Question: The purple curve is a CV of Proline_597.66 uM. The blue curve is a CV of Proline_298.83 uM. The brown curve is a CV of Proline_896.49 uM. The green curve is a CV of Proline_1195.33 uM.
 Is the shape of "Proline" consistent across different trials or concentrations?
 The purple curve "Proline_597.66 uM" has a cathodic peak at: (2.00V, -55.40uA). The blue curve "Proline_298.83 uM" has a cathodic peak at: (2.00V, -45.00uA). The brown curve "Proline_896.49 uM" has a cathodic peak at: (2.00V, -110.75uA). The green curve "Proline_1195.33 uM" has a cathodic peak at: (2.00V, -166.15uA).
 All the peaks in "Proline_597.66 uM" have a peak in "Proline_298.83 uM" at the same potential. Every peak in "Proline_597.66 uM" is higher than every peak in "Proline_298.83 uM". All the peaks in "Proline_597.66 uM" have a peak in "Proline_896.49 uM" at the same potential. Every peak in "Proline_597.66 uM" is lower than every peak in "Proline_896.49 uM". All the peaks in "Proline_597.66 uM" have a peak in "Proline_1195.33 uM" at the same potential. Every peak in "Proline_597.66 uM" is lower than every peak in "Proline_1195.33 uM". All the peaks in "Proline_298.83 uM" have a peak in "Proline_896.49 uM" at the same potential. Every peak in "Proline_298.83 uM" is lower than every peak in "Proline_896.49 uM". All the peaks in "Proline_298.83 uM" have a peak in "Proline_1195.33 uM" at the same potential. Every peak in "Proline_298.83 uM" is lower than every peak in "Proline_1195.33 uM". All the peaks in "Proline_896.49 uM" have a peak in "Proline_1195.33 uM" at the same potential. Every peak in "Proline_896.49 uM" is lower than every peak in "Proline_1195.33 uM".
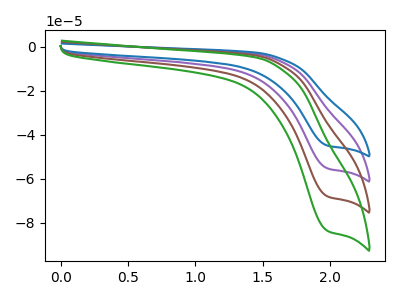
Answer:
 <answer>All the CV's of "Proline" have similar shape.</answer>
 <eval>follow_rule</eval>